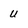
Character: u